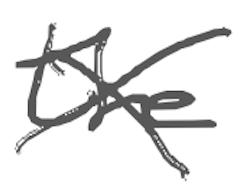
Text: the
Cross-out: cross
Writing tool: digital_gray